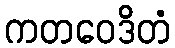
ကတဝေဒိတံ